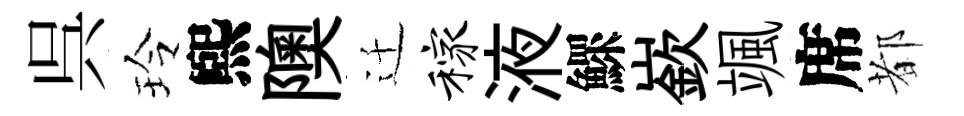
呉玲煕隩迁稼液鰥嶔颯席都